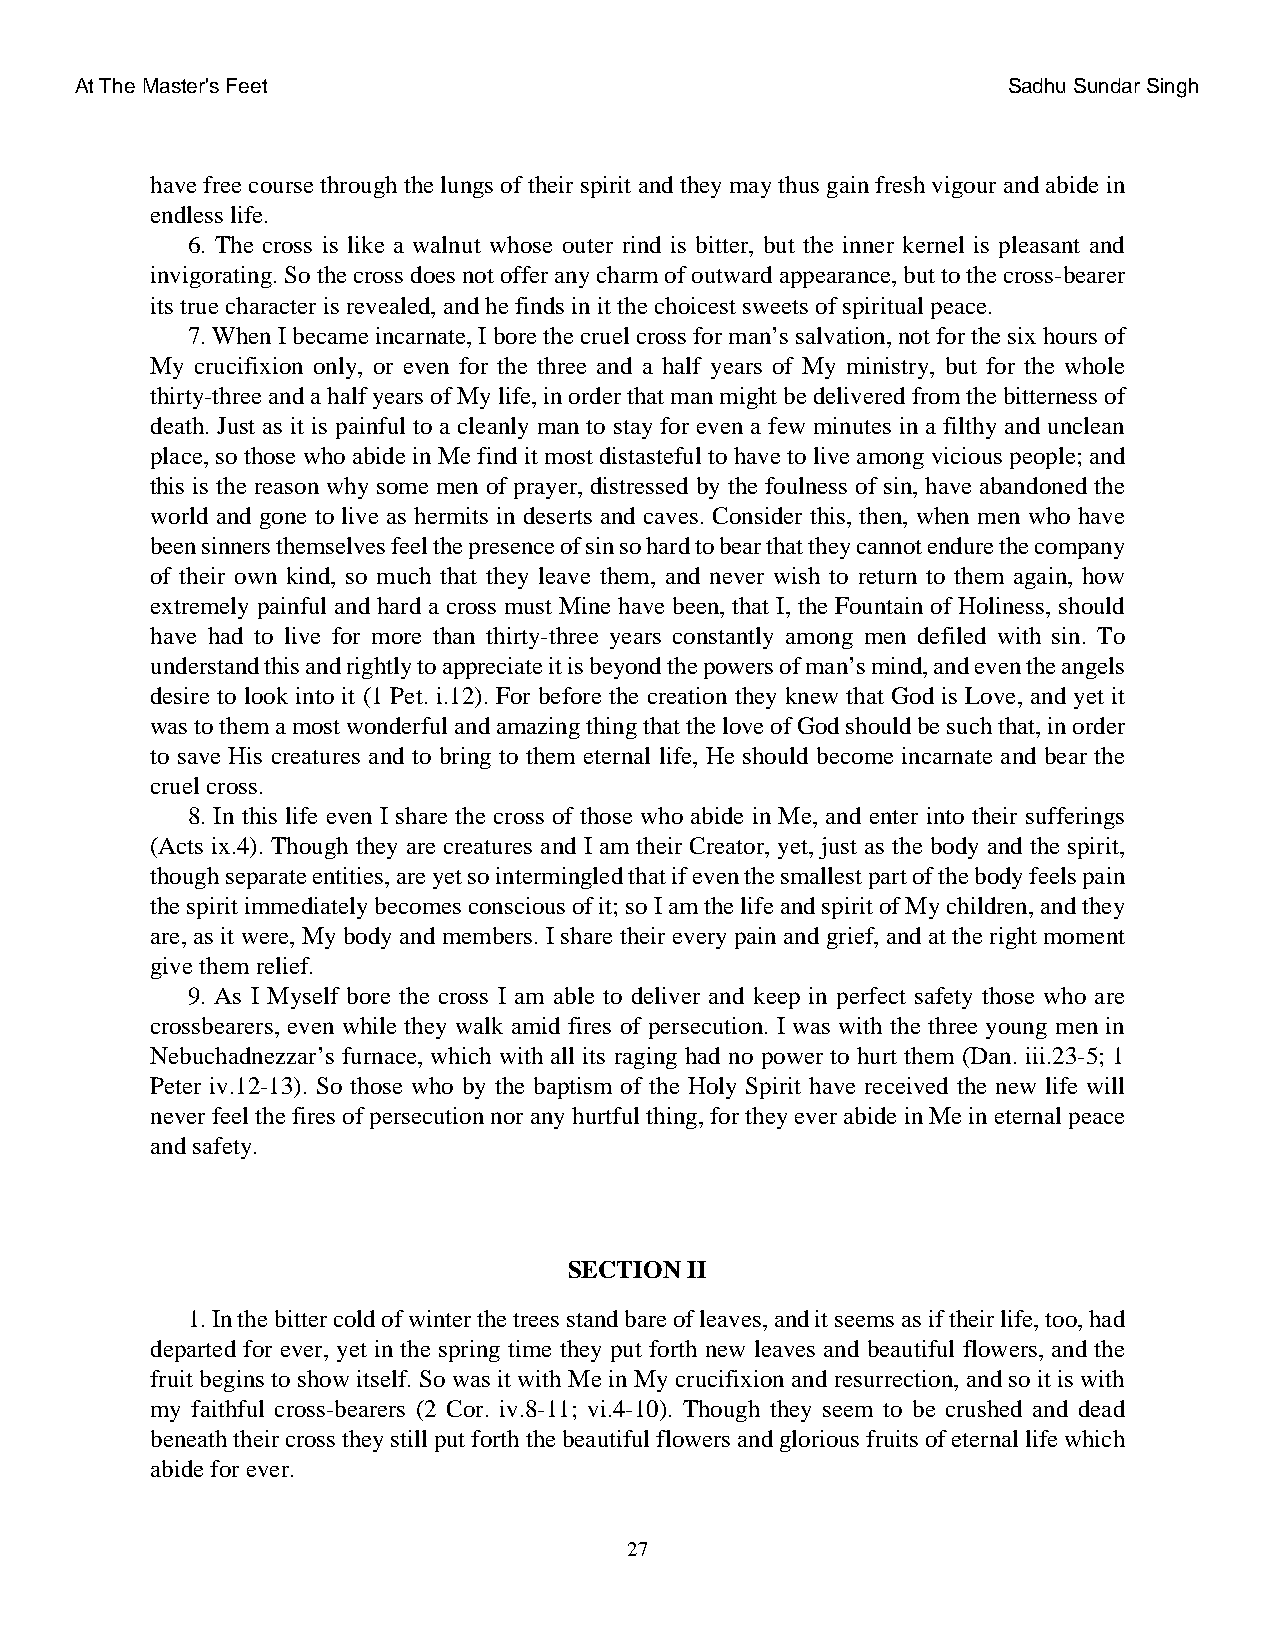
At The Master's Feet                                          Sadhu Sundar Singh
 have free course through the lungs of their spirit and they may thus gain fresh vigour and abide in
 endless life.
 6. The cross is like a walnut whose outer rind is bitter, but the inner kernel is pleasant and
 invigorating. So the cross does not offer any charm of outward appearance, but to the cross-bearer
 its true character is revealed, and he finds in it the choicest sweets of spiritual peace.
 7. When I became incarnate, I bore the cruel cross for man’s salvation, not for the six hours of
 My crucifixion only, or even for the three and a half years of My ministry, but for the whole
 thirty-three and a half years of My life, in order that man might be delivered from the bitterness of
 death. Just as it is painful to a cleanly man to stay for even a few minutes in a filthy and unclean
 place, so those who abide in Me find it most distasteful to have to live among vicious people; and
 this is the reason why some men of prayer, distressed by the foulness of sin, have abandoned the
 world and gone to live as hermits in deserts and caves. Consider this, then, when men who have
 been sinners themselves feel the presence of sin so hard to bear that they cannot endure the company
 of their own kind, so much that they leave them, and never wish to return to them again, how
 extremely painful and hard a cross must Mine have been, that I, the Fountain of Holiness, should
 have had to live for more than thirty-three years constantly among men defiled with sin. To
 understand this and rightly to appreciate it is beyond the powers of man’s mind, and even the angels
 desire to look into it (1 Pet. i.12). For before the creation they knew that God is Love, and yet it
 was to them a most wonderful and amazing thing that the love of God should be such that, in order
 to save His creatures and to bring to them eternal life, He should become incarnate and bear the
 cruel cross.
 8. In this life even I share the cross of those who abide in Me, and enter into their sufferings
 (Acts ix.4). Though they are creatures and I am their Creator, yet, just as the body and the spirit,
 though separate entities, are yet so intermingled that if even the smallest part of the body feels pain
 the spirit immediately becomes conscious of it; so I am the life and spirit of My children, and they
 are, as it were, My body and members. I share their every pain and grief, and at the right moment
 give them relief.
 9. As I Myself bore the cross I am able to deliver and keep in perfect safety those who are
 crossbearers, even while they walk amid fires of persecution. I was with the three young men in
 Nebuchadnezzar’s furnace, which with all its raging had no power to hurt them (Dan. iii.23-5; 1
 Peter iv.12-13). So those who by the baptism of the Holy Spirit have received the new life will
 never feel the fires of persecution nor any hurtful thing, for they ever abide in Me in eternal peace
 and safety.
 SECTION II
 1. In the bitter cold of winter the trees stand bare of leaves, and it seems as if their life, too, had
 departed for ever, yet in the spring time they put forth new leaves and beautiful flowers, and the
 fruit begins to show itself. So was it with Me in My crucifixion and resurrection, and so it is with
 my faithful cross-bearers (2 Cor. iv.8-11; vi.4-10). Though they seem to be crushed and dead
 beneath their cross they still put forth the beautiful flowers and glorious fruits of eternal life which
 abide for ever.
 27